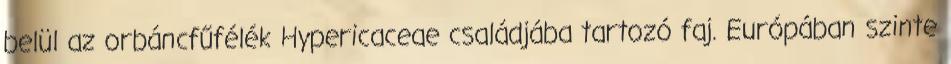
belül az orbáncfűfélék Hypericaceae családjába tartozó faj. Európában szinte